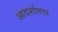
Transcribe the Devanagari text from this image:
आदर्शागार